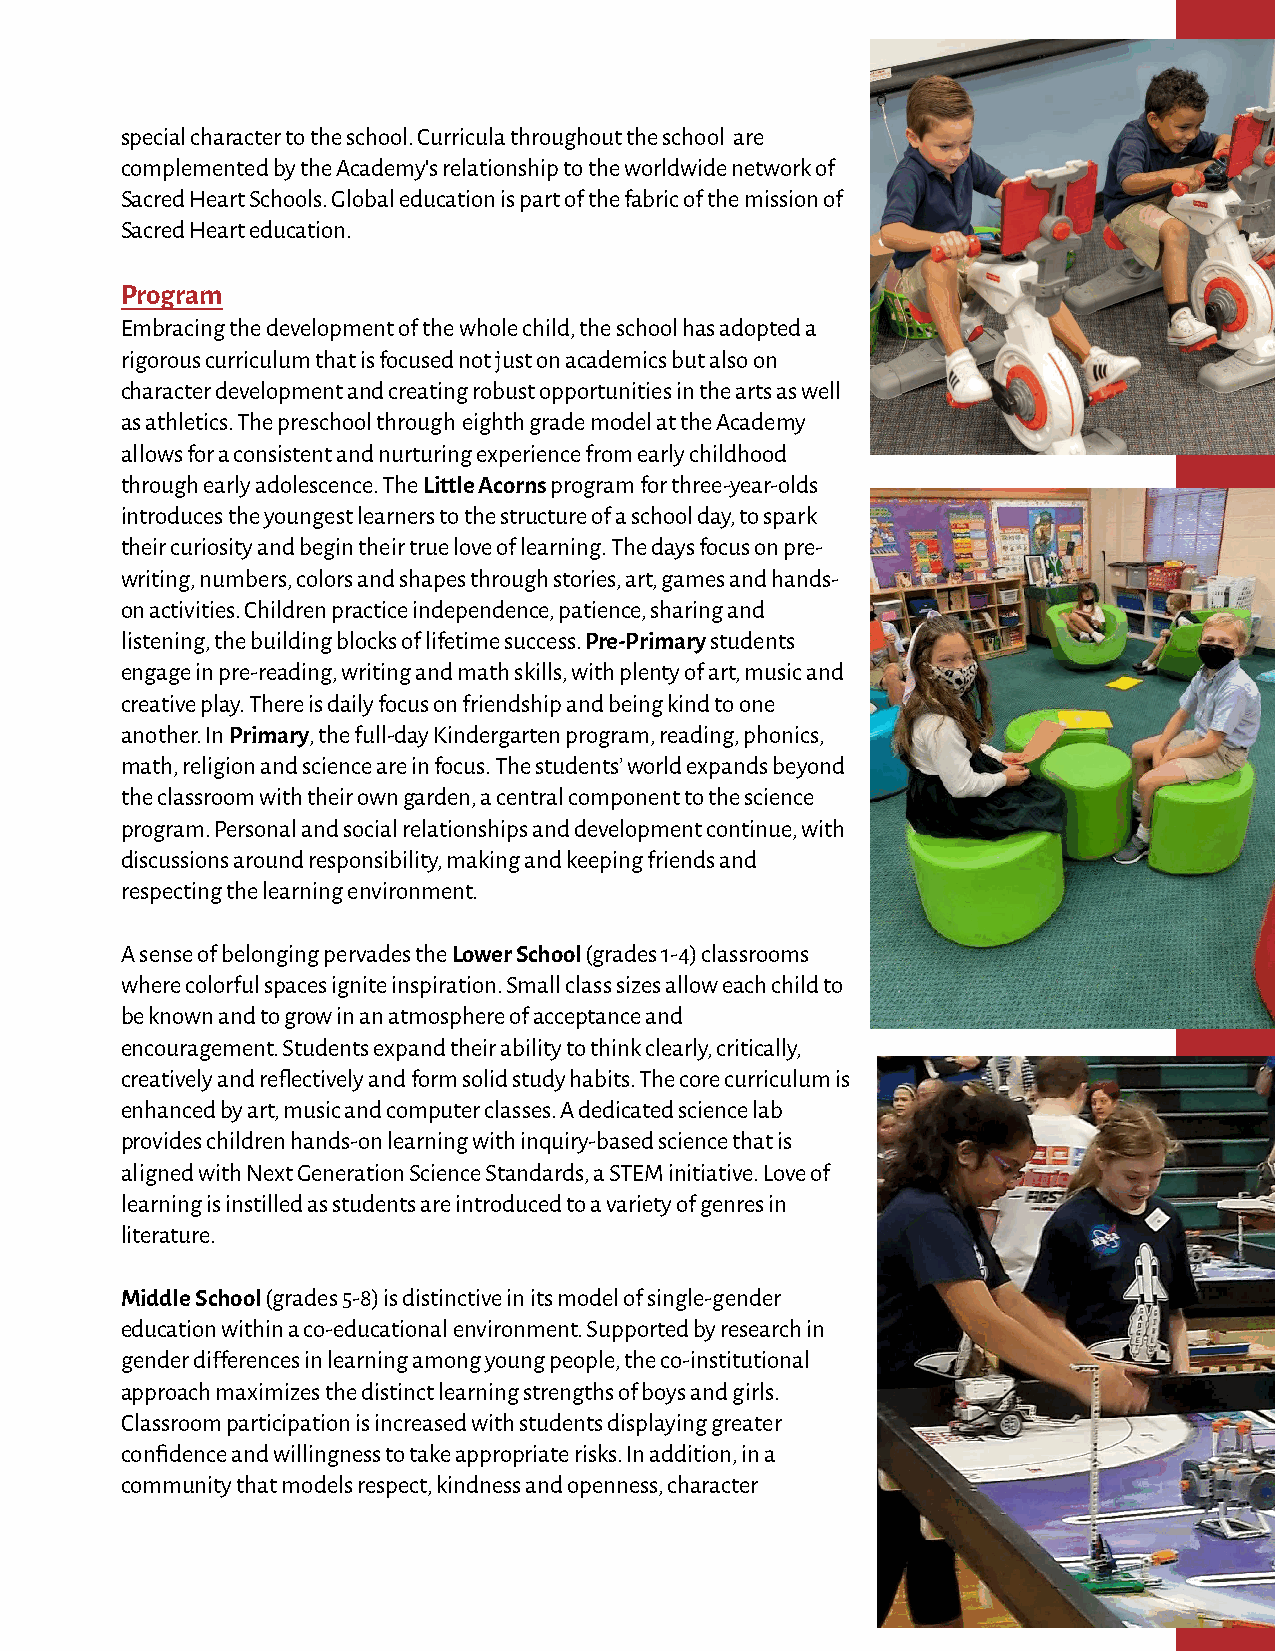
special character to the school. Curricula throughout the school are
 complemented by the Academy's relationship to the worldwide network of
 Sacred Heart Schools. Global education is part of the fabric of the mission of
 Sacred Heart education.
 Program
 Embracing the development of the whole child, the school has adopted a
 rigorous curriculum that is focused not just on academics but also on
 character development and creating robust opportunities in the arts as well
 as athletics. The preschool through eighth grade model at the Academy
 allows for a consistent and nurturing experience from early childhood
 through early adolescence. The Little Acorns program for three-year-olds
 introduces the youngest learners to the structure of a school day, to spark
 their curiosity and begin their true love of learning. The days focus on pre-
 writing, numbers, colors and shapes through stories, art, games and hands-
 on activities. Children practice independence, patience, sharing and
 listening, the building blocks of lifetime success. Pre-Primary students
 engage in pre-reading, writing and math skills, with plenty of art, music and
 creative play. There is daily focus on friendship and being kind to one
 another. In Primary, the full-day Kindergarten program, reading, phonics,
 math, religion and science are in focus. The students’ world expands beyond
 the classroom with their own garden, a central component to the science
 program. Personal and social relationships and development continue, with
 discussions around responsibility, making and keeping friends and
 respecting the learning environment.
 A sense of belonging pervades the Lower School (grades 1-4) classrooms
 where colorful spaces ignite inspiration. Small class sizes allow each child to
 be known and to grow in an atmosphere of acceptance and
 encouragement. Students expand their ability to think clearly, critically,
 creatively and reflectively and form solid study habits. The core curriculum is
 enhanced by art, music and computer classes. A dedicated science lab
 provides children hands-on learning with inquiry-based science that is
 aligned with Next Generation Science Standards, a STEM initiative. Love of
 learning is instilled as students are introduced to a variety of genres in
 literature.
 Middle School (grades 5-8) is distinctive in its model of single-gender
 education within a co-educational environment. Supported by research in
 gender differences in learning among young people, the co-institutional
 approach maximizes the distinct learning strengths of boys and girls.
 Classroom participation is increased with students displaying greater
 confidence and willingness to take appropriate risks. In addition, in a
 community that models respect, kindness and openness, character
 3